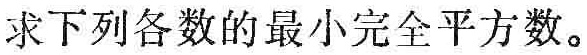
求下列各数的最小完全平方数。